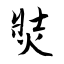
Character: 焋